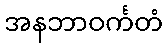
အနဘာဝင်္ကတံ